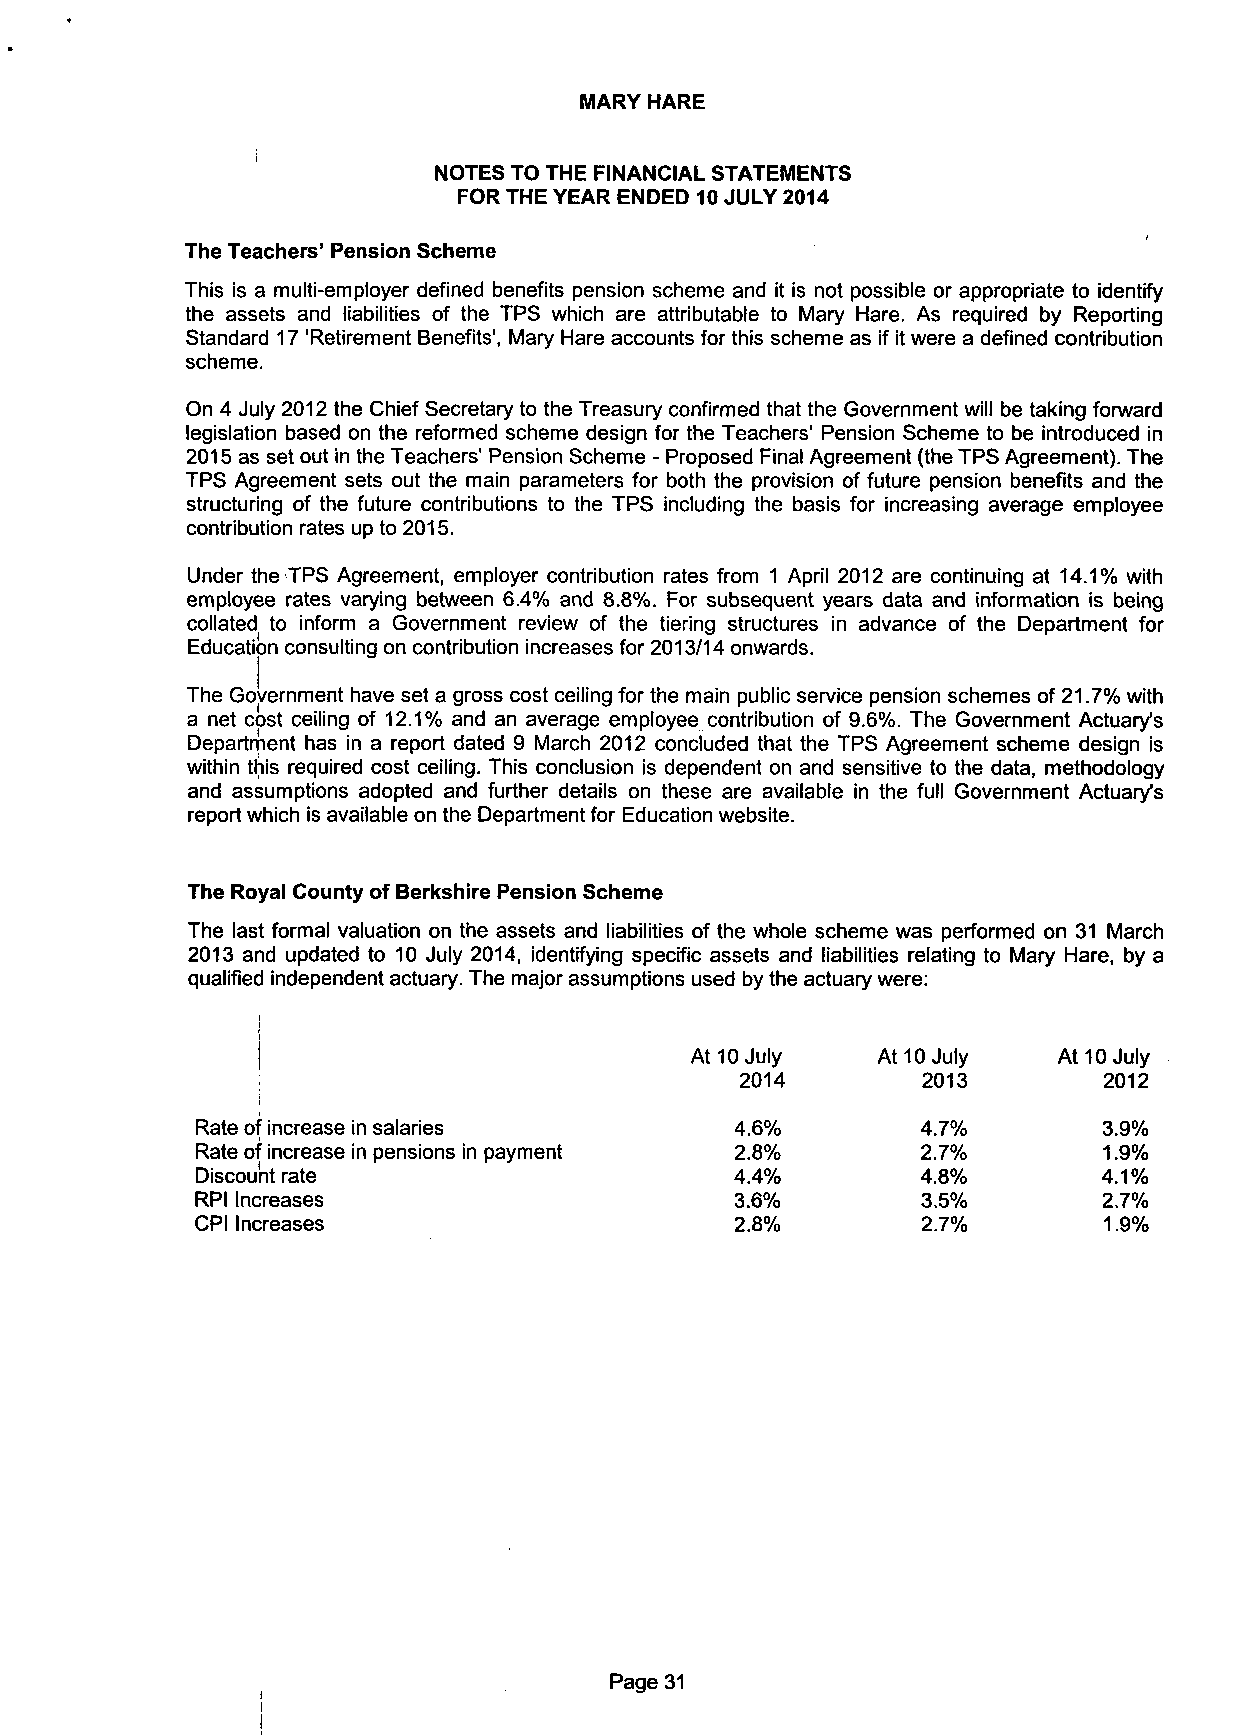
MARY HARE
 NOTES TO THE FINANCIAL STATEMENTS
 FOR THE YEAR ENDED 10 JULY 2014
 The Teachers' Pension Scheme
 This is a multi-employer defined benefits pension scheme and it is not possible or appropriate to identify
 the assets and liabilities of the TPS which are attributable to Mary Hare. As required by Reporting
 Standard 17 'Retirement Benefits', Mary Hare accounts for this scheme as if it were a defined contribution
 scheme.
 On 4 July 2012 the Chief Secretary to the Treasury confirmed that the Government will be taking forward
 legislation based on the reformed scheme design for the Teachers' Pension Scheme to be introduced in
 2015 as set out in the Teachers' Pension Scheme - Proposed Final Agreement (the TPS Agreement). The
 TPS Agreement sets out the main parameters for both the provision of future pension benefits and the
 structuring of the future contributions to the TPS including the basis for increasing average employee
 contribution rates up to 2015.
 Under the TPS Agreement, employer contribution rates from 1 April 2012 are continuing at 14.1% with
 employee rates varying between 6.4% and 8.8%. For subsequent years data and information is being
 collated to inform a Government review of the tiering structures in advance of the Department for
 Education consulting on contribution increases for 2013/14 onwards.
 The Government have set a gross cost ceiling for the main public service pension schemes of 21.7% with
 a net cost ceiling of 12.1% and an average employee contribution of 9.6%. The Government Actuary's
 Department has in a report dated 9 March 2012 concluded that the TPS Agreement scheme design is
 within this required cost ceiling. This conclusion is dependent on and sensitive to the data, methodology
 and assumptions adopted and further details on these are available in the full Government Actuary's
 report which is available on the Department for Education website.
 The Royal County of Berkshire Pension Scheme
 The last formal valuation on the assets and liabilities of the whole scheme was performed on 31 March
 2013 and updated to 10 July 2014, identifying specific assets and liabilities relating to Mary Hare, by a
 qualified independent actuary. The major assumptions used by the actuary were:
 At 10 July  At 10 July  At 10 July
 2014        2013        2012
 Rate of increase in salaries        4.6%        4.7%        3.9%
 Rate of increase in pensions in payment 2.8%    2.7%        1.9%
 Discount rate                       4.4%        4.8%        4.1%
 RPI Increases                       3.6%        3.5%        2.7%
 CPI Increases                       2.8%        2.7%        1.9%
 Page 31